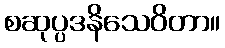
စဆုပ္ပဒနိသေဝိတာ။